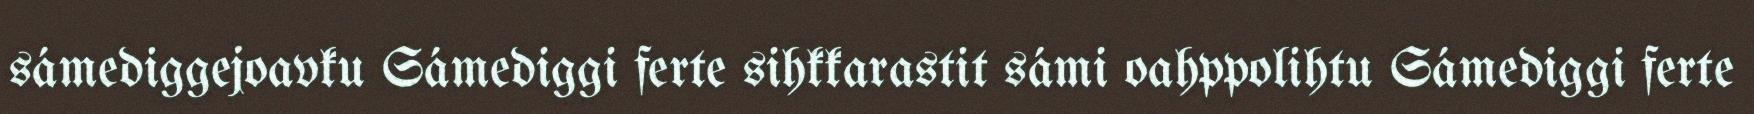
sámediggejoavku Sámediggi ferte sihkkarastit sámi oahppolihtu Sámediggi ferte